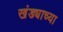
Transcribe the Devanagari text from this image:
खंड्याच्या